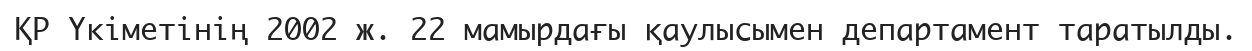
ҚР Үкіметінің 2002 ж. 22 мамырдағы қаулысымен департамент таратылды.